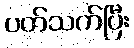
ပတ်သက်ပြီး